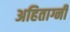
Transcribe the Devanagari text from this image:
अहिताग्नी